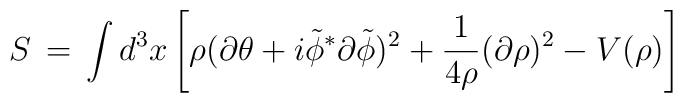
S \,=\, \int d^3x \left[ \rho (\partial \theta + i {\tilde \phi}^*\partial {\tilde \phi})^2   + \frac{1}{4 \rho} (\partial \rho )^2- V(\rho) \right]